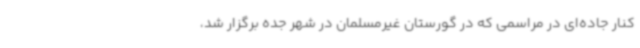
کنار جاده‌ای در مراسمی که در گورستان غیرمسلمان در شهر جده برگزار شد،